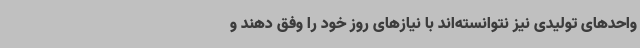
واحدهای تولیدی نیز نتوانسته‌اند با نیازهای روز خود را وفق دهند و